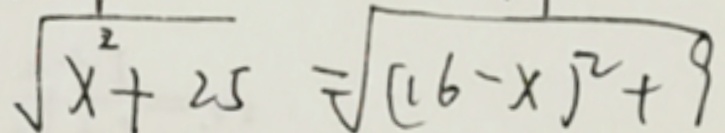
\sqrt { x ^ { 2 } + 2 5 } = \sqrt { ( 1 6 - x ) ^ { 2 } + 9 }